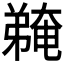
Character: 𫸽